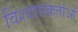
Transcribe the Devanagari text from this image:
विश्वासकर्ताओं